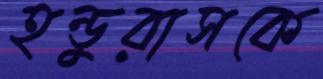
হন্ডুরাসকে